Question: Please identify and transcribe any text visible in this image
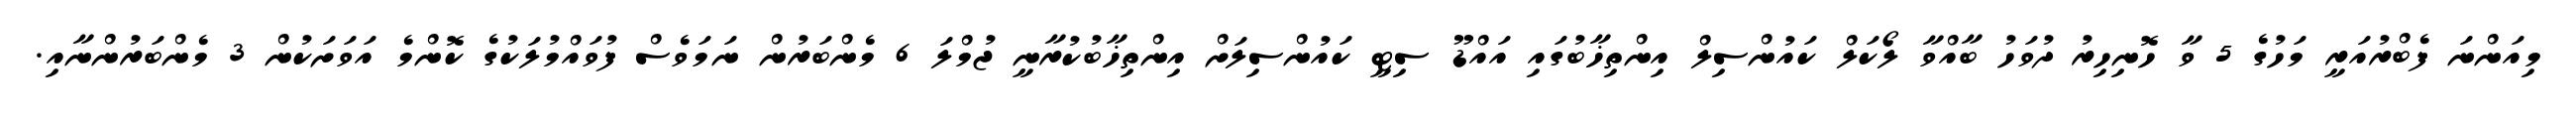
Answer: މިއަންނަ ފެބްރުއަރީ މަހުގެ 5 ވާ ހޮނިހިރު ދުވަހު ބާއްވާ ލޯކަލް ކައުންސިލް އިންތިޚާބުގައި އައްޑޫ ސިޓީ ކައުންސިލަށް އިންތިޚާބުކުރާނީ ޖުމްލަ 6 މެންބަރުން ނަމަވެސް ފުވައްމުލަކުގެ ކޮންމެ އަވަށަކުން 3 މެންބަރުންނާއި.